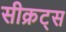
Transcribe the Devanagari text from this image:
सीक्रट्स